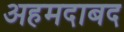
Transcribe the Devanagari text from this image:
अहमदाबद